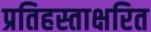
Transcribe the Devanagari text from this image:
प्रतिहस्ताक्षरित